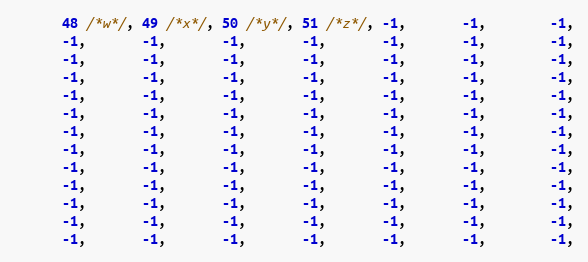
Language: C
      48 /*w*/, 49 /*x*/, 50 /*y*/, 51 /*z*/, -1,       -1,        -1,
      -1,       -1,       -1,       -1,       -1,       -1,        -1,
      -1,       -1,       -1,       -1,       -1,       -1,        -1,
      -1,       -1,       -1,       -1,       -1,       -1,        -1,
      -1,       -1,       -1,       -1,       -1,       -1,        -1,
      -1,       -1,       -1,       -1,       -1,       -1,        -1,
      -1,       -1,       -1,       -1,       -1,       -1,        -1,
      -1,       -1,       -1,       -1,       -1,       -1,        -1,
      -1,       -1,       -1,       -1,       -1,       -1,        -1,
      -1,       -1,       -1,       -1,       -1,       -1,        -1,
      -1,       -1,       -1,       -1,       -1,       -1,        -1,
      -1,       -1,       -1,       -1,       -1,       -1,        -1,
      -1,       -1,       -1,       -1,       -1,       -1,        -1,